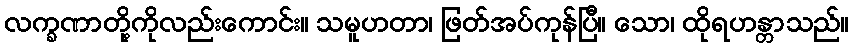
လက္ခဏာတို့ကိုလည်းကောင်း။ သမူဟတာ၊ ဖြတ်အပ်ကုန်ပြီ။ သော၊ ထိုရဟန္တာသည်။